65_HS1-834228961_62-HQ-83894_Section_4
Agency: FBI
Page 163
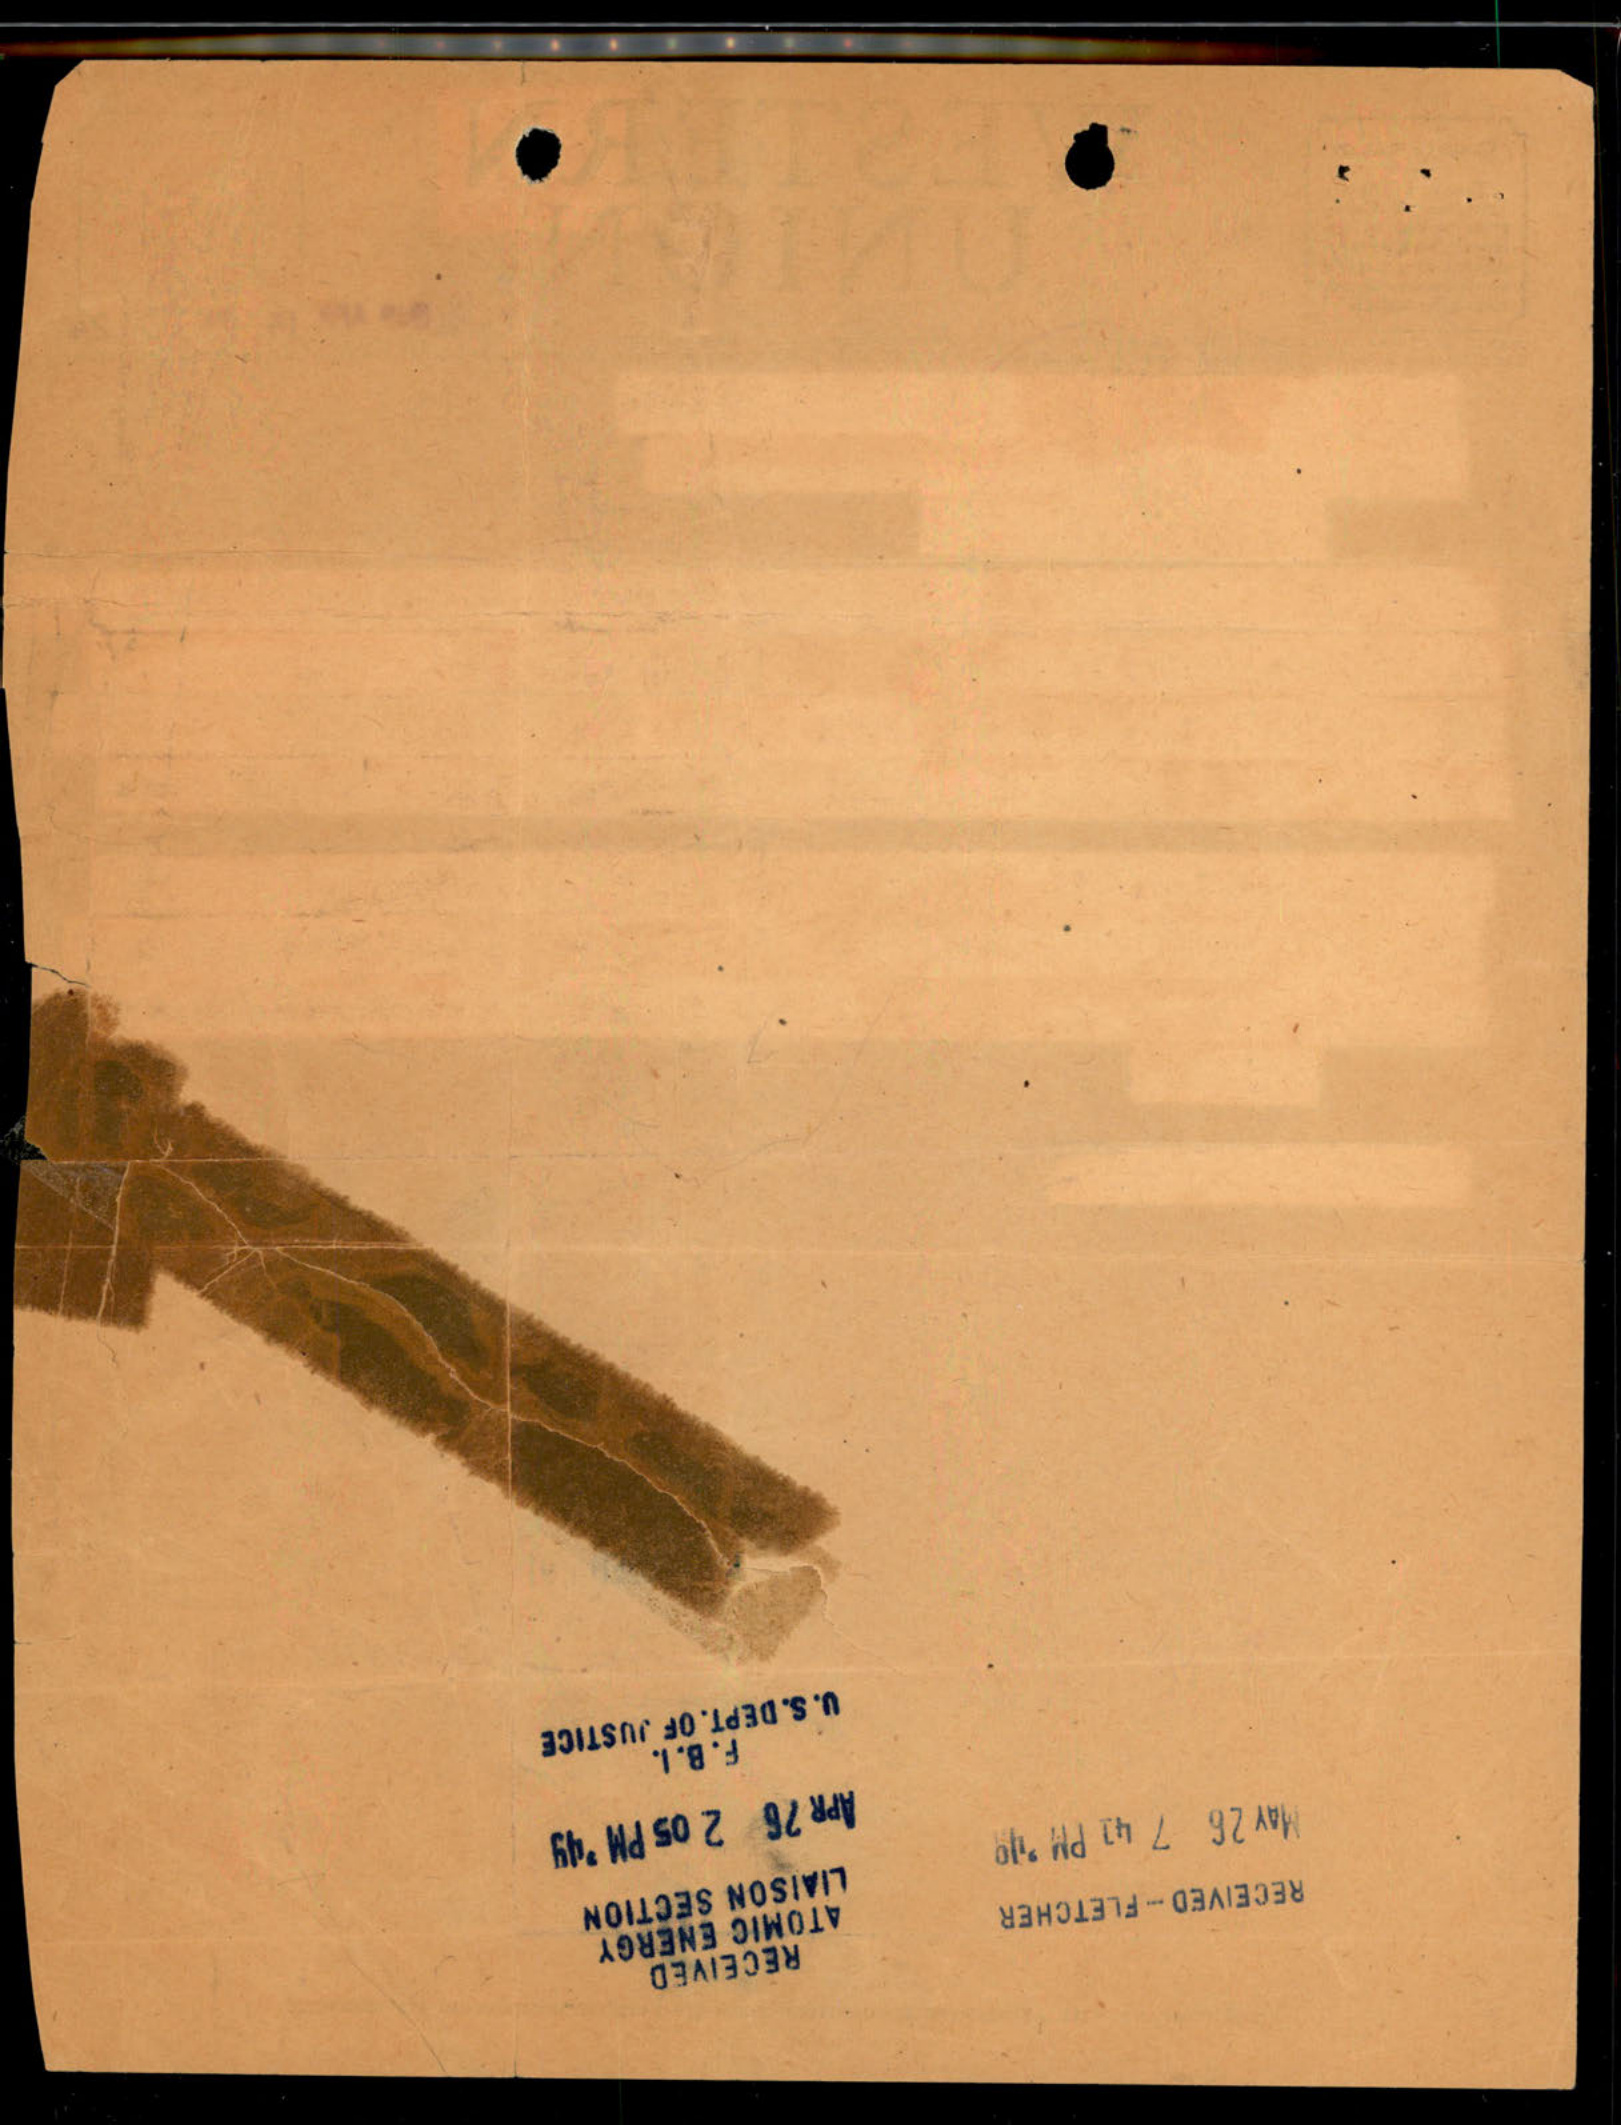